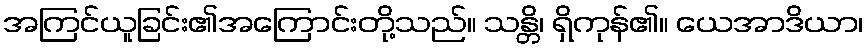
အကြင်ယူခြင်း၏အကြောင်းတို့သည်။ သန္တိ၊ ရှိကုန်၏။ ယေအာဒိယာ၊